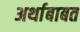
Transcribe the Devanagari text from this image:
अर्थाबाबत